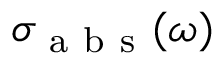
\sigma _ { \mathrm { ~ a ~ b ~ s ~ } } ( \omega )